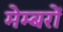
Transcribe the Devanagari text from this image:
मेम्बरों